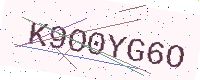
Text: K9O0YG6O